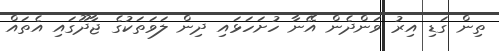
ތިން ގަޑި އިރު ވަންދެން އޭނާ ހުށަހަަޅައި ދިން ލަަވަތަކުގެ ޖާދޫގައި އެތައް